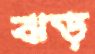
ঝড়